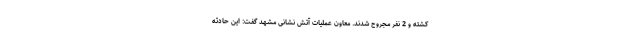
کشته و 2 نفر مجروح شدند. معاون عملیات آتش نشانی مشهد گفت: این حادثه